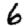
Digit: 6